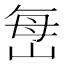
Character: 𫵾